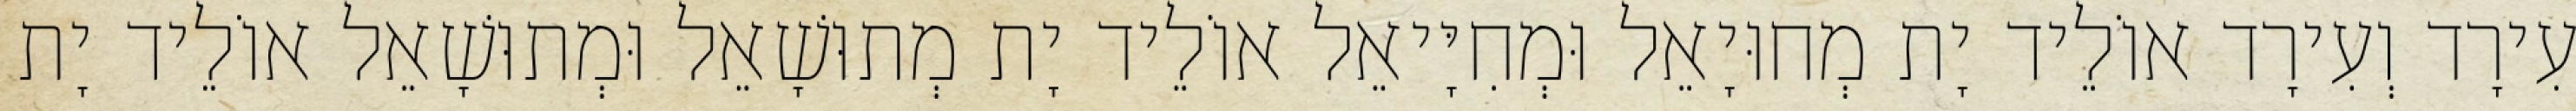
עִירָד וְעִירָד אוֹלֵיד יָת מְחוּיָאֵל וּמְחִיָּיאֵל אוֹלֵיד יָת מְתוּשָׁאֵל וּמְתוּשָׁאֵל אוֹלֵיד יָת